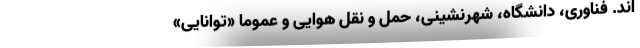
اند. فناوری، دانشگاه، شهرنشینی، حمل و نقل هوایی و عموماً «توانایی»